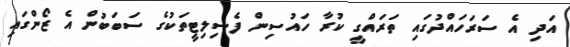
އަދި އެ ސަރަހައްދުގައި ތަރައްގީ ކުރާ ހައުސިން ފެސިލިޓީތަކުގެ ސަބަބުން އެ ޒޯންގައި